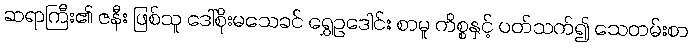
ဆရာကြီး၏ ဇနီး ဖြစ်သူ ဒေါ်စိုးမသေခင် ရွှေဥဒေါင်း စာမူ ကိစ္စနှင့် ပတ်သက်၍ သေတမ်းစာ